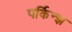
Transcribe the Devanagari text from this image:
पर्किन्झ